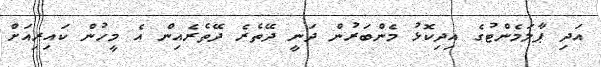
އަދި ޕާލަމެންޓުގެ އިދިކޮޅު މެންބަރުން ދަނީ ދޭތެރެ ދޭތެރެއިން އެ މީހުން ކައިރިއަށް